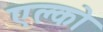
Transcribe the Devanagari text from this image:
एल्को